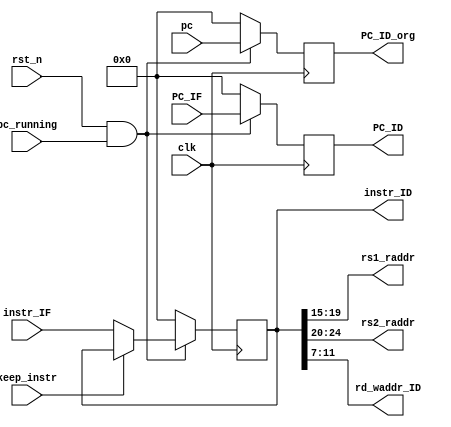
module IF_ID(
    input clk,
    input rst_n,
    input pc_running,
    input [31:0] pc,
    input [31:0] PC_IF,
    input [31:0] instr_IF,

    input keep_instr,

    output reg [31:0] PC_ID,
    output reg [31:0] PC_ID_org,
    output reg [31:0] instr_ID,
    output [4:0] rs1_raddr,
    output [4:0] rs2_raddr,
    output [4:0] rd_waddr_ID
);

wire [31:0] instr_ID_n;
assign instr_ID_n = (keep_instr) ? instr_ID : instr_IF;

assign rs1_raddr = instr_ID[19:15];
assign rs2_raddr = instr_ID[24:20];
assign rd_waddr_ID = instr_ID[11:7];

always@(posedge clk) begin
    if(~(rst_n & pc_running))begin
        PC_ID <= 0;
        instr_ID <= 0;
        PC_ID_org <= 0;
    end
    else begin
        PC_ID <= PC_IF;
        instr_ID <= instr_ID_n;
        PC_ID_org <= pc;
    end
end

endmodule